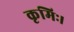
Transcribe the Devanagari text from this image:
कृमिः।